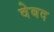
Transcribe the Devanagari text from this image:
वेबद